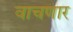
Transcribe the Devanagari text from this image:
वाचणार